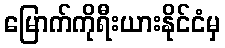
မြောက်ကိုရီးယားနိုင်ငံမှ